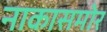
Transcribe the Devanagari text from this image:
नाकासमोर